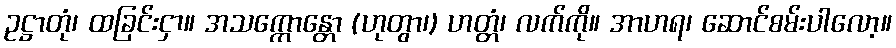
ဥဋ္ဌာတုံ၊ ထခြင်းငှာ။ အသက္ကောန္တော (ဟုတွာ၊) ဟတ္တံ၊ လက်ကို။ အာဟရ၊ ဆောင်စမ်းပါလော့။